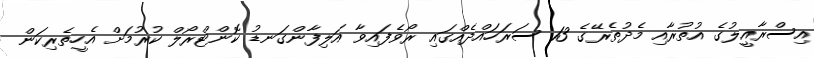
އިސްރާއީލުގެ އުތުރާއި މެދުތެރޭގެ 13 ސަރަހައްދެއްގައި ރޯވެފައިވާ އަލިފާންގަނޑު ކޮންޓްރޯލް ކުރުމަށް އެހީތެރިކަން